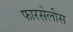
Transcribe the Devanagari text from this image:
फारसेलीस